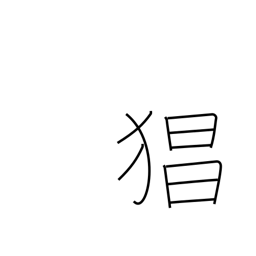
Meaning: violence